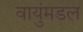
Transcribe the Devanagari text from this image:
वायुंमडल